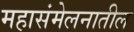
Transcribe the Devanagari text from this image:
महासंमेलनातील